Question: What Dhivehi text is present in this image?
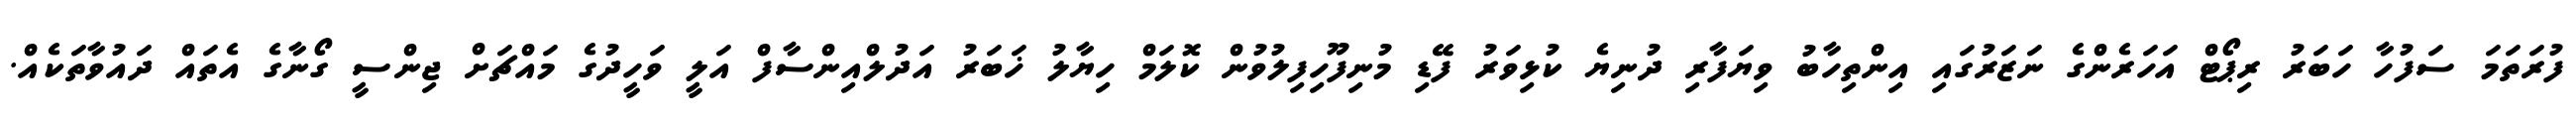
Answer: ފުރަތަމަ ސަފުހާ ހަބަރު ރިޕޯޓް އަހަރެންގެ ނަޒަރުގައި އިންތިހާބު ވިޔަފާރި ދުނިޔެ ކުޅިވަރު ފޭޑި މުނިފޫހިފިލުވުން ކޮލަމް ހިޔާލު ޚަބަރު އަދުލްއިންސާފް އަލީ ވަހީދުގެ މައްޗަށް ޖިންސީ ގޯނާގެ އެތައް ދައުވާތަކެއް.